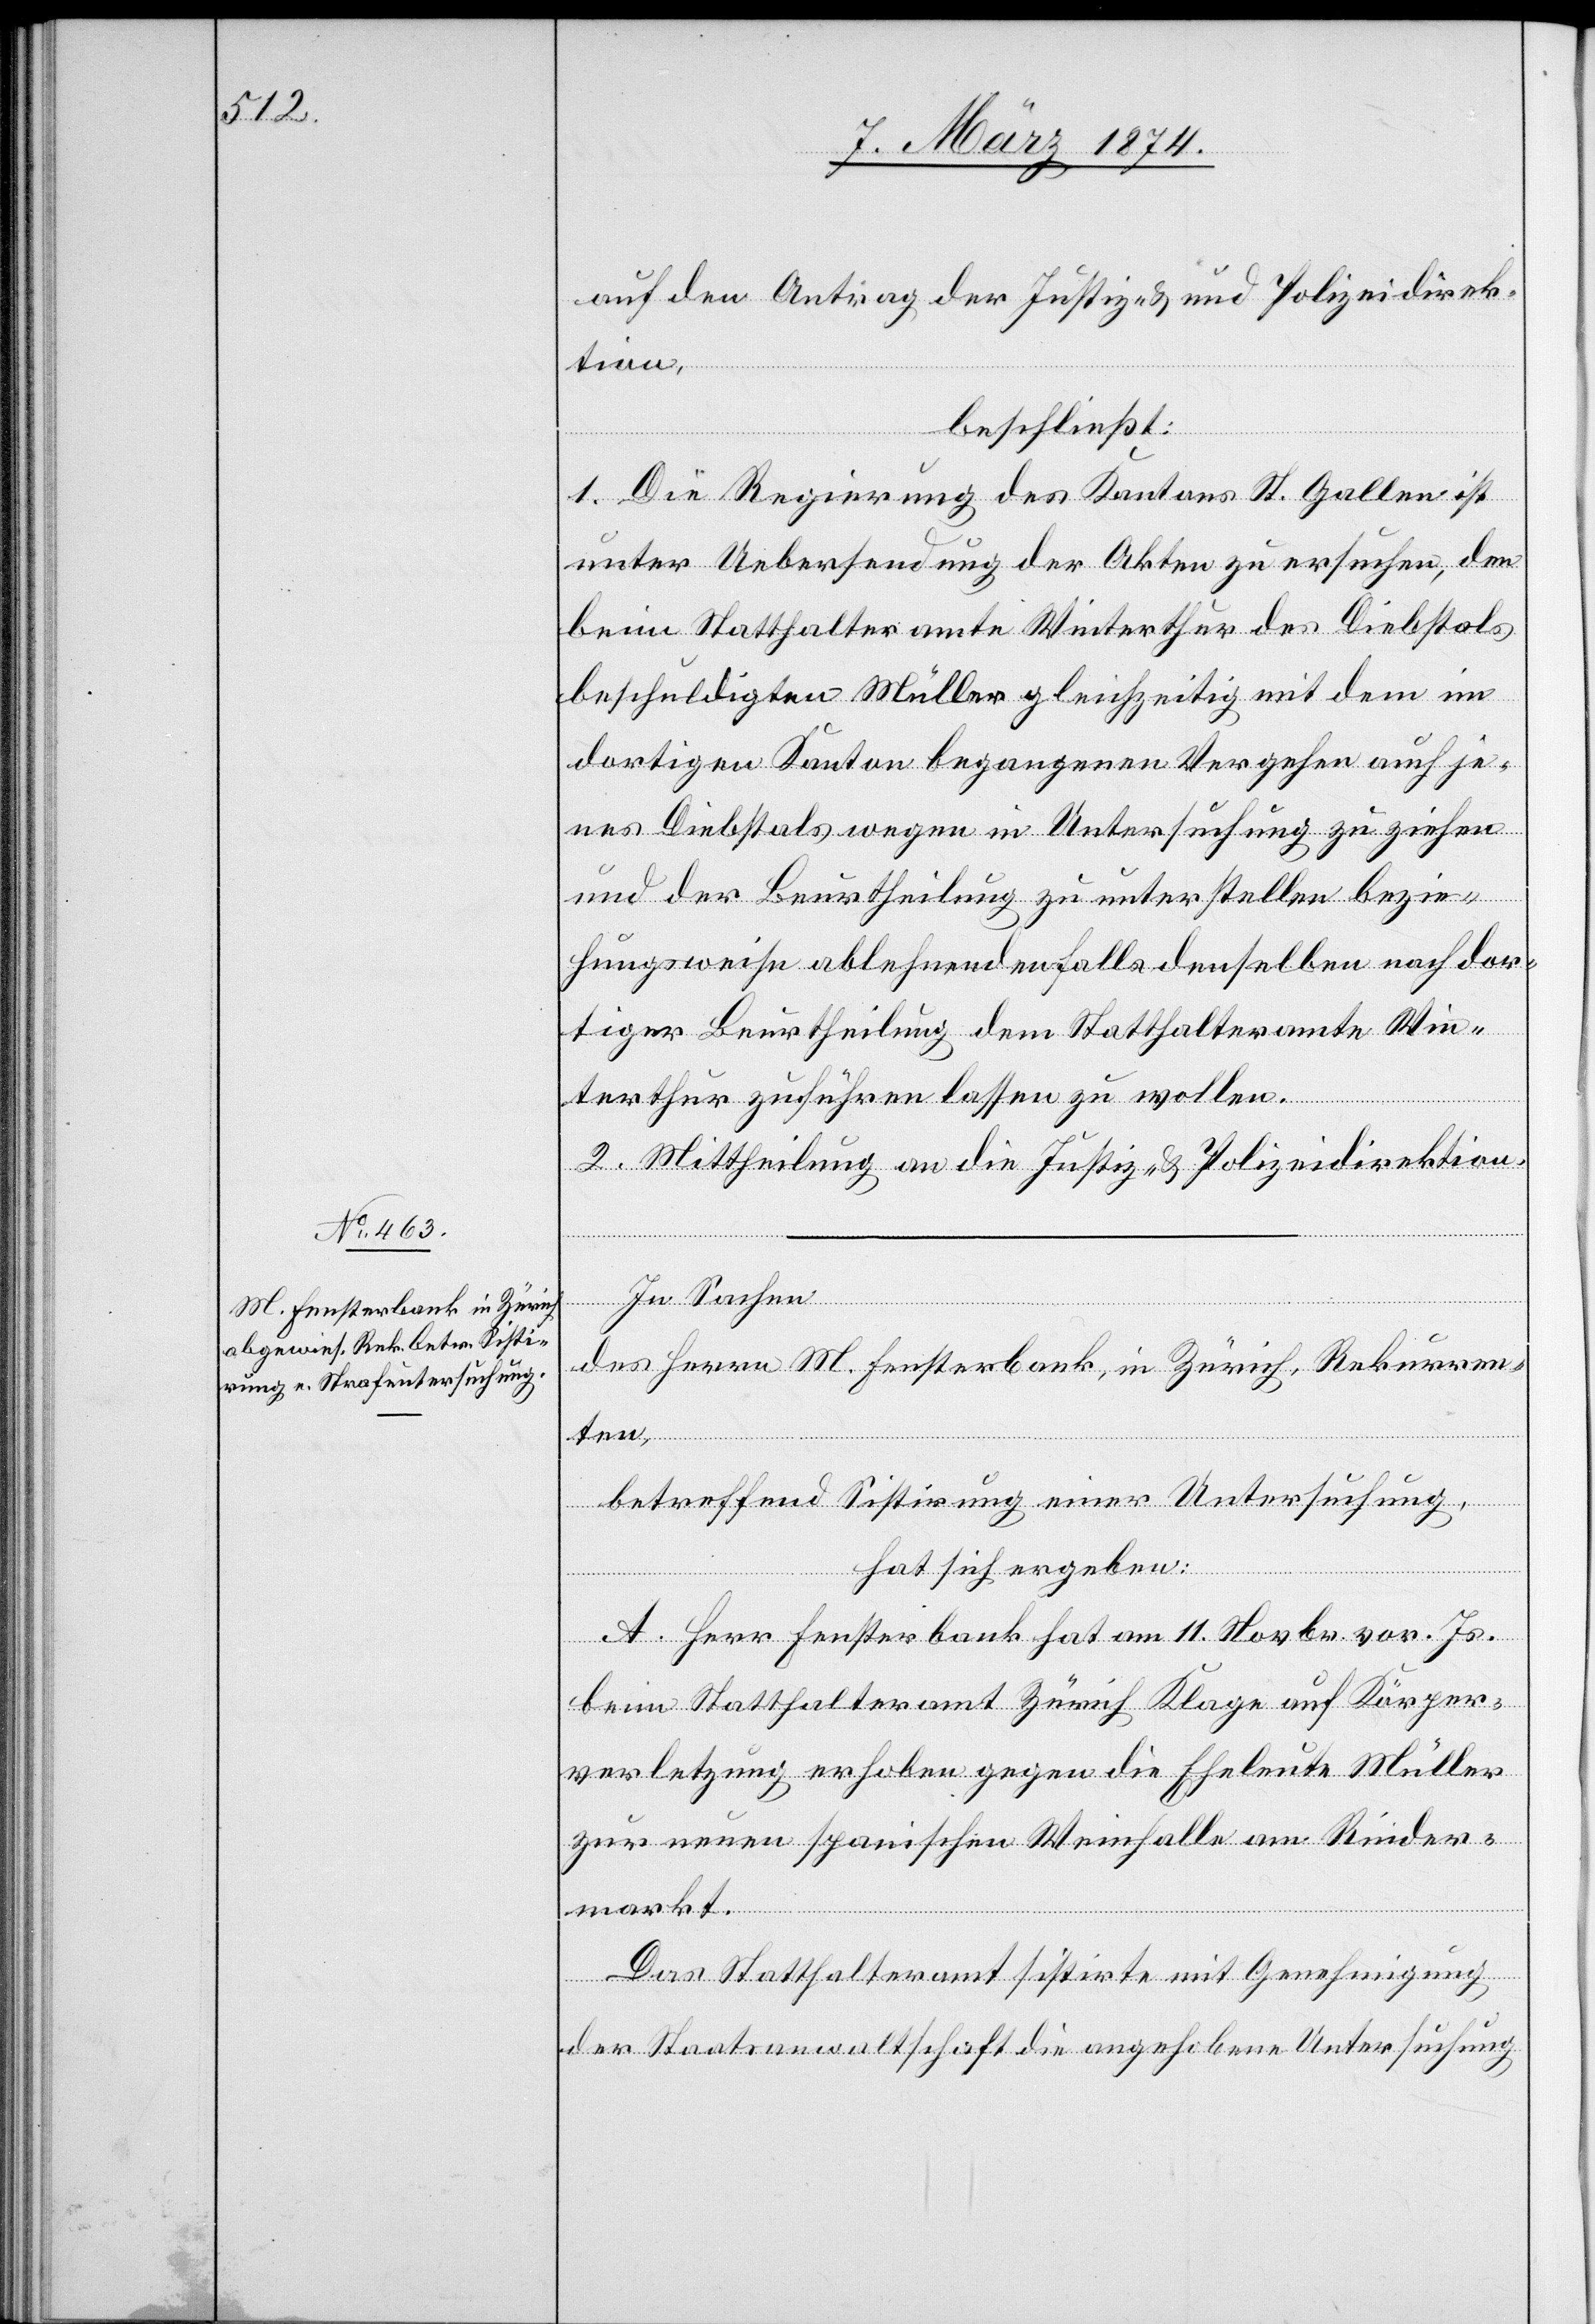
auf den Antrag der Justiz- u. Polizeidirek¬
beschließt:
1. Die Regierung des Kantons St. Gallen ist
unter Uebersendung der Akten zu ersuchen, den
beim Statthalteramte in Winterthur des Diebstals
beschuldigten Müller gleichzeitig mit dem im
dortigen Kanton begangenen Vergehen auch je¬
nes Diebstals wegen in Untersuchung zu ziehen
und der Beurtheilung zu unterstellen bezie¬
hungsweise ablehnendenfalls denselben nach dor¬
tiger Beurtheilung dem Statthalteramte Win¬
terthur zuführen lassen zu wollen.
2. Mittheilung an die Justiz- u. Polizeidirektion.
In Sachen
des Herrn M. Fensterbank, in Zürich, Rekurren¬
ten,
betreffend Sistirung einer Untersuchung,
hat sich ergeben:
A. Herr Fensterbank hat am 11. Novbr. vor. Js.
beim Statthalteramt Zürich Klage auf Körper¬
verletzung erhoben gegen die Eheleute Müller
zur neuen spanischen Weinfalle am Rinder¬
makrt.
Das Statthalteramt sistirt mit Genehmigung
der Staatsanwaltschaft die angehobene Untersuchung